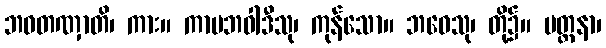
ဘဝတဏှာတိ၊ ကား။ ကာမဘဝါဒီသု၊ ကုန်သော။ ဘဝေသု၊ တို့၌။ ပတ္တနာ၊